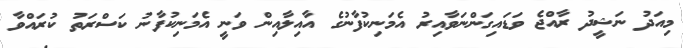
މިއަދު ނަޝީދު ރާއްޖެ ވަޑައިގަންނަވާއިރު އެމަނިކުފާނުގެ އާއިލާއިން ވަނީ އެމަނިކުފާނު ކަސްރަތު ކުރައްވާ